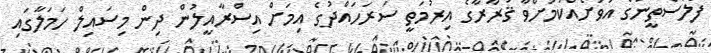
ފަލަސްތީނުގެ އަވަށެއްކަމަށްވާ ޤަރާރާގެ އިރުމަތީ ސަރަހައްދުގެ އިމަށް އިސްރާއީލުން ދިން މިސައިލް ހަމަލާގައި